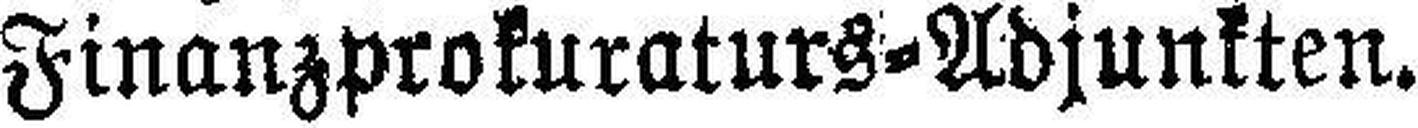
Finanzprokuraturs=Adjunkten.